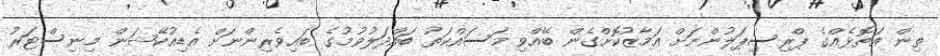
ތިން އަތޮޅެއްގެ ޕްރިސިޕަލުންނަށް އަމާޒުކޮށްގެން ބޭއްވި މަސައްކަތު ބައްދަލުވުމުގެ ބައިވެރިންނަށް އެޑިއުކޭޝަން މިނިސްޓަރު